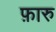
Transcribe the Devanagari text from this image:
फ़ारु